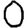
Digit: 0